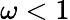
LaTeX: \omega<1